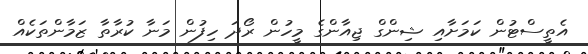
އެތީސްޓުން ކަމަށާއި ޝިންގް ޖިއާންގެ މީހުން ރޯދަ ހިފުން މަނާ ކުރާތާ ޒަމާންތަކެއް